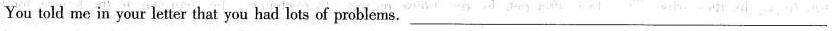
You told me in your letter that you had lots of problems.___